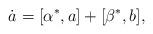
LaTeX: \begin{align*}\dot{a}=[\alpha^\ast,a]+[\beta^\ast,b],\end{align*}